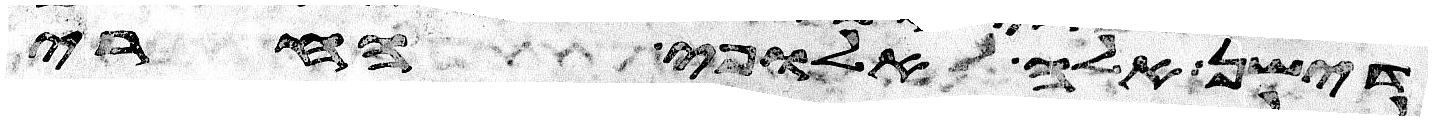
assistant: דישן אלה אלופי החרי